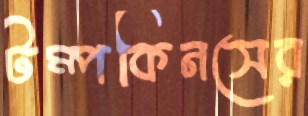
টম্পকিনসের